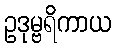
ဥဒုမ္ဗရိကာယ